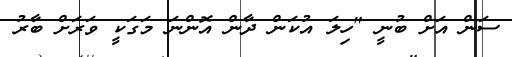
ސަން އަށް ބުނީ "ހިލަ އުކަން ދާން އޮންނަ މަގަކީ ވަރަށް ބާރު